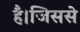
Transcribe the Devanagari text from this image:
है।जिससे